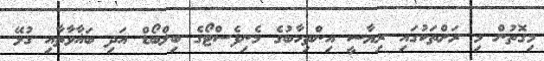
މިގޮތުން މި ރަށްތަކުގައި ރިޔާސީ އިންތިހާބުގެ މެނިފެސްޓޯގެ ބިލްބޯޑް އަދި ބަޣާވާތާއި ގުޅޭ